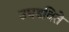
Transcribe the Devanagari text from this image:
उघडविते